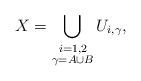
LaTeX: \begin{align*}X = \bigcup_{\stackrel{\scriptstyle i=1,2}{\scriptstyle \gamma = A \cup B}} U_{i,\gamma},\end{align*}